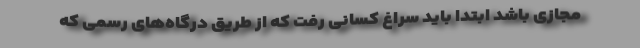
مجازی باشد ابتدا باید سراغ کسانی رفت که از طریق درگاه‌های رسمی که